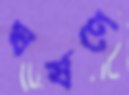
ঘর্ষণে